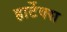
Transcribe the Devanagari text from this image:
हार्टेक्स